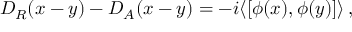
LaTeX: D _ { R } ( x - y ) - D _ { A } ( x - y ) = - i \langle [ \phi ( x ) , \phi ( y ) ] \rangle \, ,